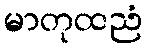
မာတုထညံ